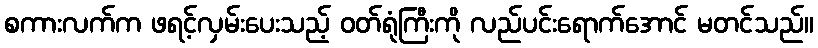
စကားလက်က ဖရင့်လှမ်းပေးသည့် ဝတ်ရုံကြီးကို လည်ပင်းရောက်အောင် မတင်သည်။